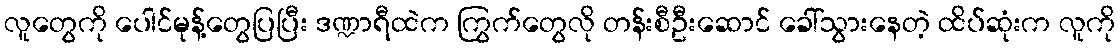
လူတွေကို ပေါင်မုန့်တွေပြပြီး ဒဏ္ဍာရီထဲက ကြွက်တွေလို တန်းစီဦးဆောင် ခေါ်သွားနေတဲ့ ထိပ်ဆုံးက လူကို